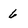
Character: 6